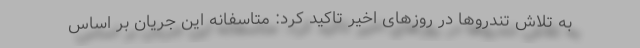
به تلاش تندروها در روزهای اخیر تاکید کرد: متاسفانه این جریان بر اساس